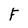
Character: F